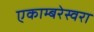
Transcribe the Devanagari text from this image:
एकाम्बरेस्वरा